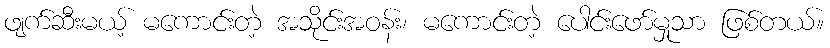
ဖျက်ဆီးမယ့် မကောင်းတဲ့ အသိုင်းအဝန်း၊ မကောင်းတဲ့ ပေါင်းဖော်မှုသာ ဖြစ်တယ်။